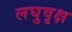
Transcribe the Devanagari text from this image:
लघुवृक्ष